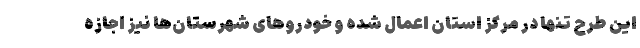
این طرح تنها در مرکز استان اعمال شده و خودروهای شهرستان‌ها نیز اجازه